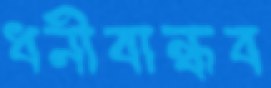
ধনীবান্ধব